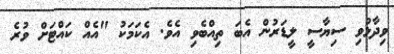
ވިދާޅުވި ސިޔާސީ ލީޑަރުން އެބަ ތިއްބެވި އެވެ. އެކަމަކު "އެއް ކައްޓަށް ވުރެ